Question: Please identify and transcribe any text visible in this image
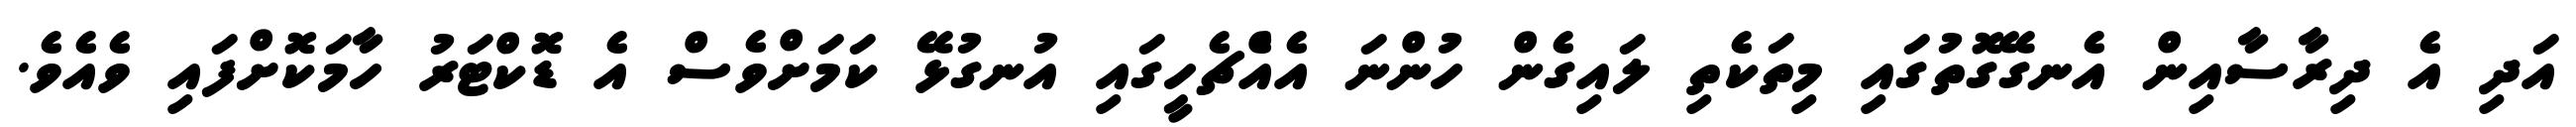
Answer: އަދި އެ ދިރާސާއިން އެނގޭގޮތުގައި މިތަކެތި ލައިގެން ހުންނަ އެއްެޗެހީގައި އުނގުޅޭ ކަމަށްވެސް އެ ޑޮކްޓަރު ހާމަކޮށްފައި ވެއެވެ.